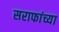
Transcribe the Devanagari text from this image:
सराफांच्या